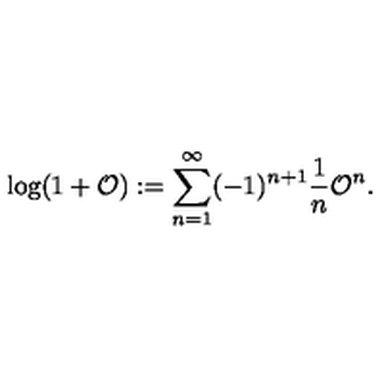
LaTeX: \log ( 1 + { \cal O } ) : = \sum _ { n = 1 } ^ { \infty } ( - 1 ) ^ { n + 1 } { \frac { 1 } { n } } { \cal O } ^ { n } .